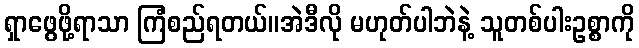
ရှာဖွေဖို့ရာသာ ကြံစည်ရတယ်။အဲဒီလို မဟုတ်ပါဘဲနဲ့ သူတစ်ပါးဥစ္စာကို